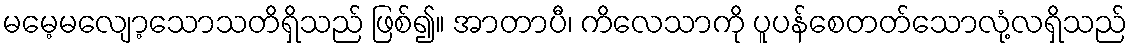
မမေ့မလျော့သောသတိရှိသည် ဖြစ်၍။ အာတာပီ၊ ကိလေသာကို ပူပန်စေတတ်သောလုံ့လရှိသည်